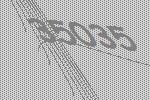
35035